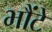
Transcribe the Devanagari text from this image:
भौंटे